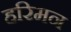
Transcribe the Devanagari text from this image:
हरिमन